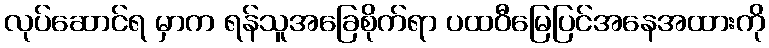
လုပ်ဆောင်ရ မှာက ရန်သူအခြေစိုက်ရာ ပထဝီမြေပြင်အနေအထားကို